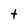
Character: t